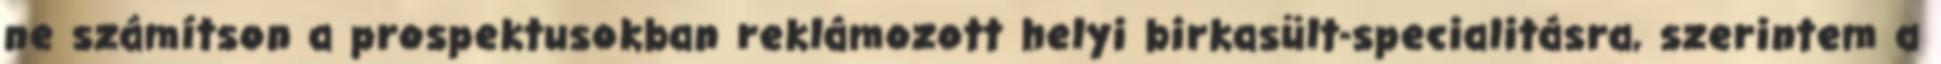
ne számítson a prospektusokban reklámozott helyi birkasült-specialitásra, szerintem a